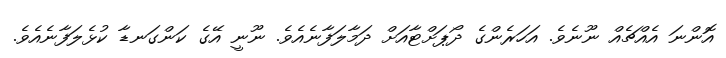
އޮންނަ އެއްޗެއް ނޫނެވެ. އަހަރެންގެ ދޯޕަށްޓާއަށް ދަމާލަފާނެއެވެ. ނޫނީ އޭގެ ކަންގަނޑާ ކުޅެލަފާނެއެވެ.